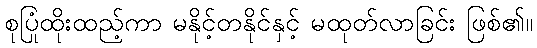
စုပြုံထိုးထည့်ကာ မနိုင့်တနိုင်နှင့် မထုတ်လာခြင်း ဖြစ်၏။